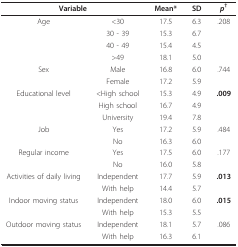
<table><thead><tr><td colspan="2"><b>Variable</b></td><td><b>Mean*</b></td><td><b>SD</b></td><td><b><i>p</i><sup>†</sup></b></td></tr></thead><tbody><tr><td>Age</td><td>&lt;30</td><td>17.5</td><td>6.3</td><td>.208</td></tr><tr><td></td><td>30 - 39</td><td>15.3</td><td>6.7</td><td></td></tr><tr><td></td><td>40 - 49</td><td>15.4</td><td>4.5</td><td></td></tr><tr><td></td><td>&gt;49</td><td>18.1</td><td>5.0</td><td></td></tr><tr><td>Sex</td><td>Male</td><td>16.8</td><td>6.0</td><td>.744</td></tr><tr><td></td><td>Female</td><td>17.2</td><td>5.9</td><td></td></tr><tr><td>Educational level</td><td>&lt;High school</td><td>15.3</td><td>4.9</td><td><b>.009</b></td></tr><tr><td></td><td>High school</td><td>16.7</td><td>4.9</td><td></td></tr><tr><td></td><td>University</td><td>19.4</td><td>7.8</td><td></td></tr><tr><td>Job</td><td>Yes</td><td>17.2</td><td>5.9</td><td>.484</td></tr><tr><td></td><td>No</td><td>16.3</td><td>6.0</td><td></td></tr><tr><td>Regular income</td><td>Yes</td><td>17.5</td><td>6.0</td><td>.177</td></tr><tr><td></td><td>No</td><td>16.0</td><td>5.8</td><td></td></tr><tr><td>Activities of daily living</td><td>Independent</td><td>17.7</td><td>5.9</td><td><b>.013</b></td></tr><tr><td></td><td>With help</td><td>14.4</td><td>5.7</td><td></td></tr><tr><td>Indoor moving status</td><td>Independent</td><td>18.0</td><td>6.0</td><td><b>.015</b></td></tr><tr><td></td><td>With help</td><td>15.3</td><td>5.5</td><td></td></tr><tr><td>Outdoor moving status</td><td>Independent</td><td>18.1</td><td>5.7</td><td>.086</td></tr><tr><td></td><td>With help</td><td>16.3</td><td>6.1</td><td></td></tr></tbody></table>